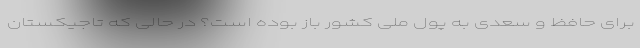
برای حافظ و سعدی به پول ملی کشور باز بوده است؟ در حالی که تاجیکستان